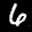
Label: 6